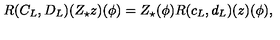
R ( C _ { L } , D _ { L } ) ( Z _ { \star } z ) ( \phi ) = Z _ { \star } ( \phi ) R ( c _ { L } , d _ { L } ) ( z ) ( \phi ) ,